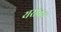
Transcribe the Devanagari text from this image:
यरावन